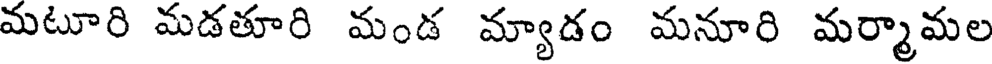
మటూరి మడతూరి మండ మ్యాడం మనూరి మర్మామల